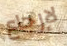
لإرجاع